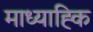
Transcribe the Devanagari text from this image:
माध्याह्कि